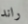
راند